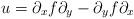
LaTeX: \begin{align*}u=\partial _xf\partial _y-\partial _yf\partial _x\end{align*}